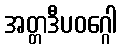
အတ္တဒီပဝဂ္ဂေါ